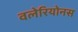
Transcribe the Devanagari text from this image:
वलेरियोनस